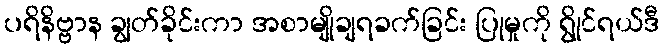
ပရိနိဗ္ဗာန ချွတ်ခိုင်းကာ အစာမျိုချရခက်ခြင်း ပြုမှုကို ရွိုင်ရယ်ဒီ